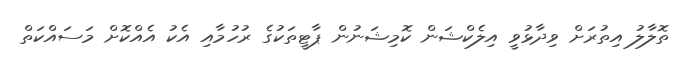
ތޮލާލު އިތުރަށް ވިދާޅުވީ އިލެކްޝަން ކޮމިޝަނުން ޕާޓީތަކުގެ ރުހުމާއި އެކު އެއްކޮށް މަސައްކަތް